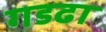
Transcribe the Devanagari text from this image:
गडढा